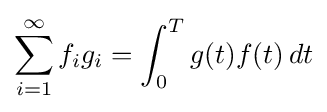
\sum _{i=1}^{\infty }f_{i}g_{i}=\int _{0}^{T}g(t)f(t)\,dt